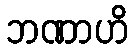
ဘဏာဟိ